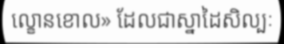
ល្ខោនខោល» ដែលជាស្នាដៃសិល្បៈ